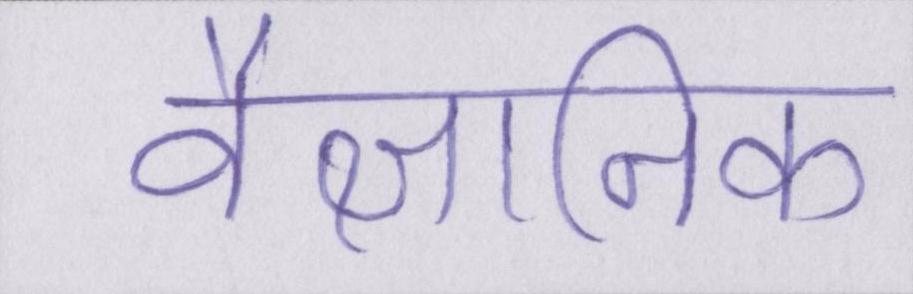
वैज्ञानिक